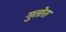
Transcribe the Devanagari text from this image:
गुतोरा